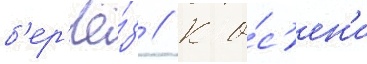
б'ер'ё́з // К о́с'ен'и